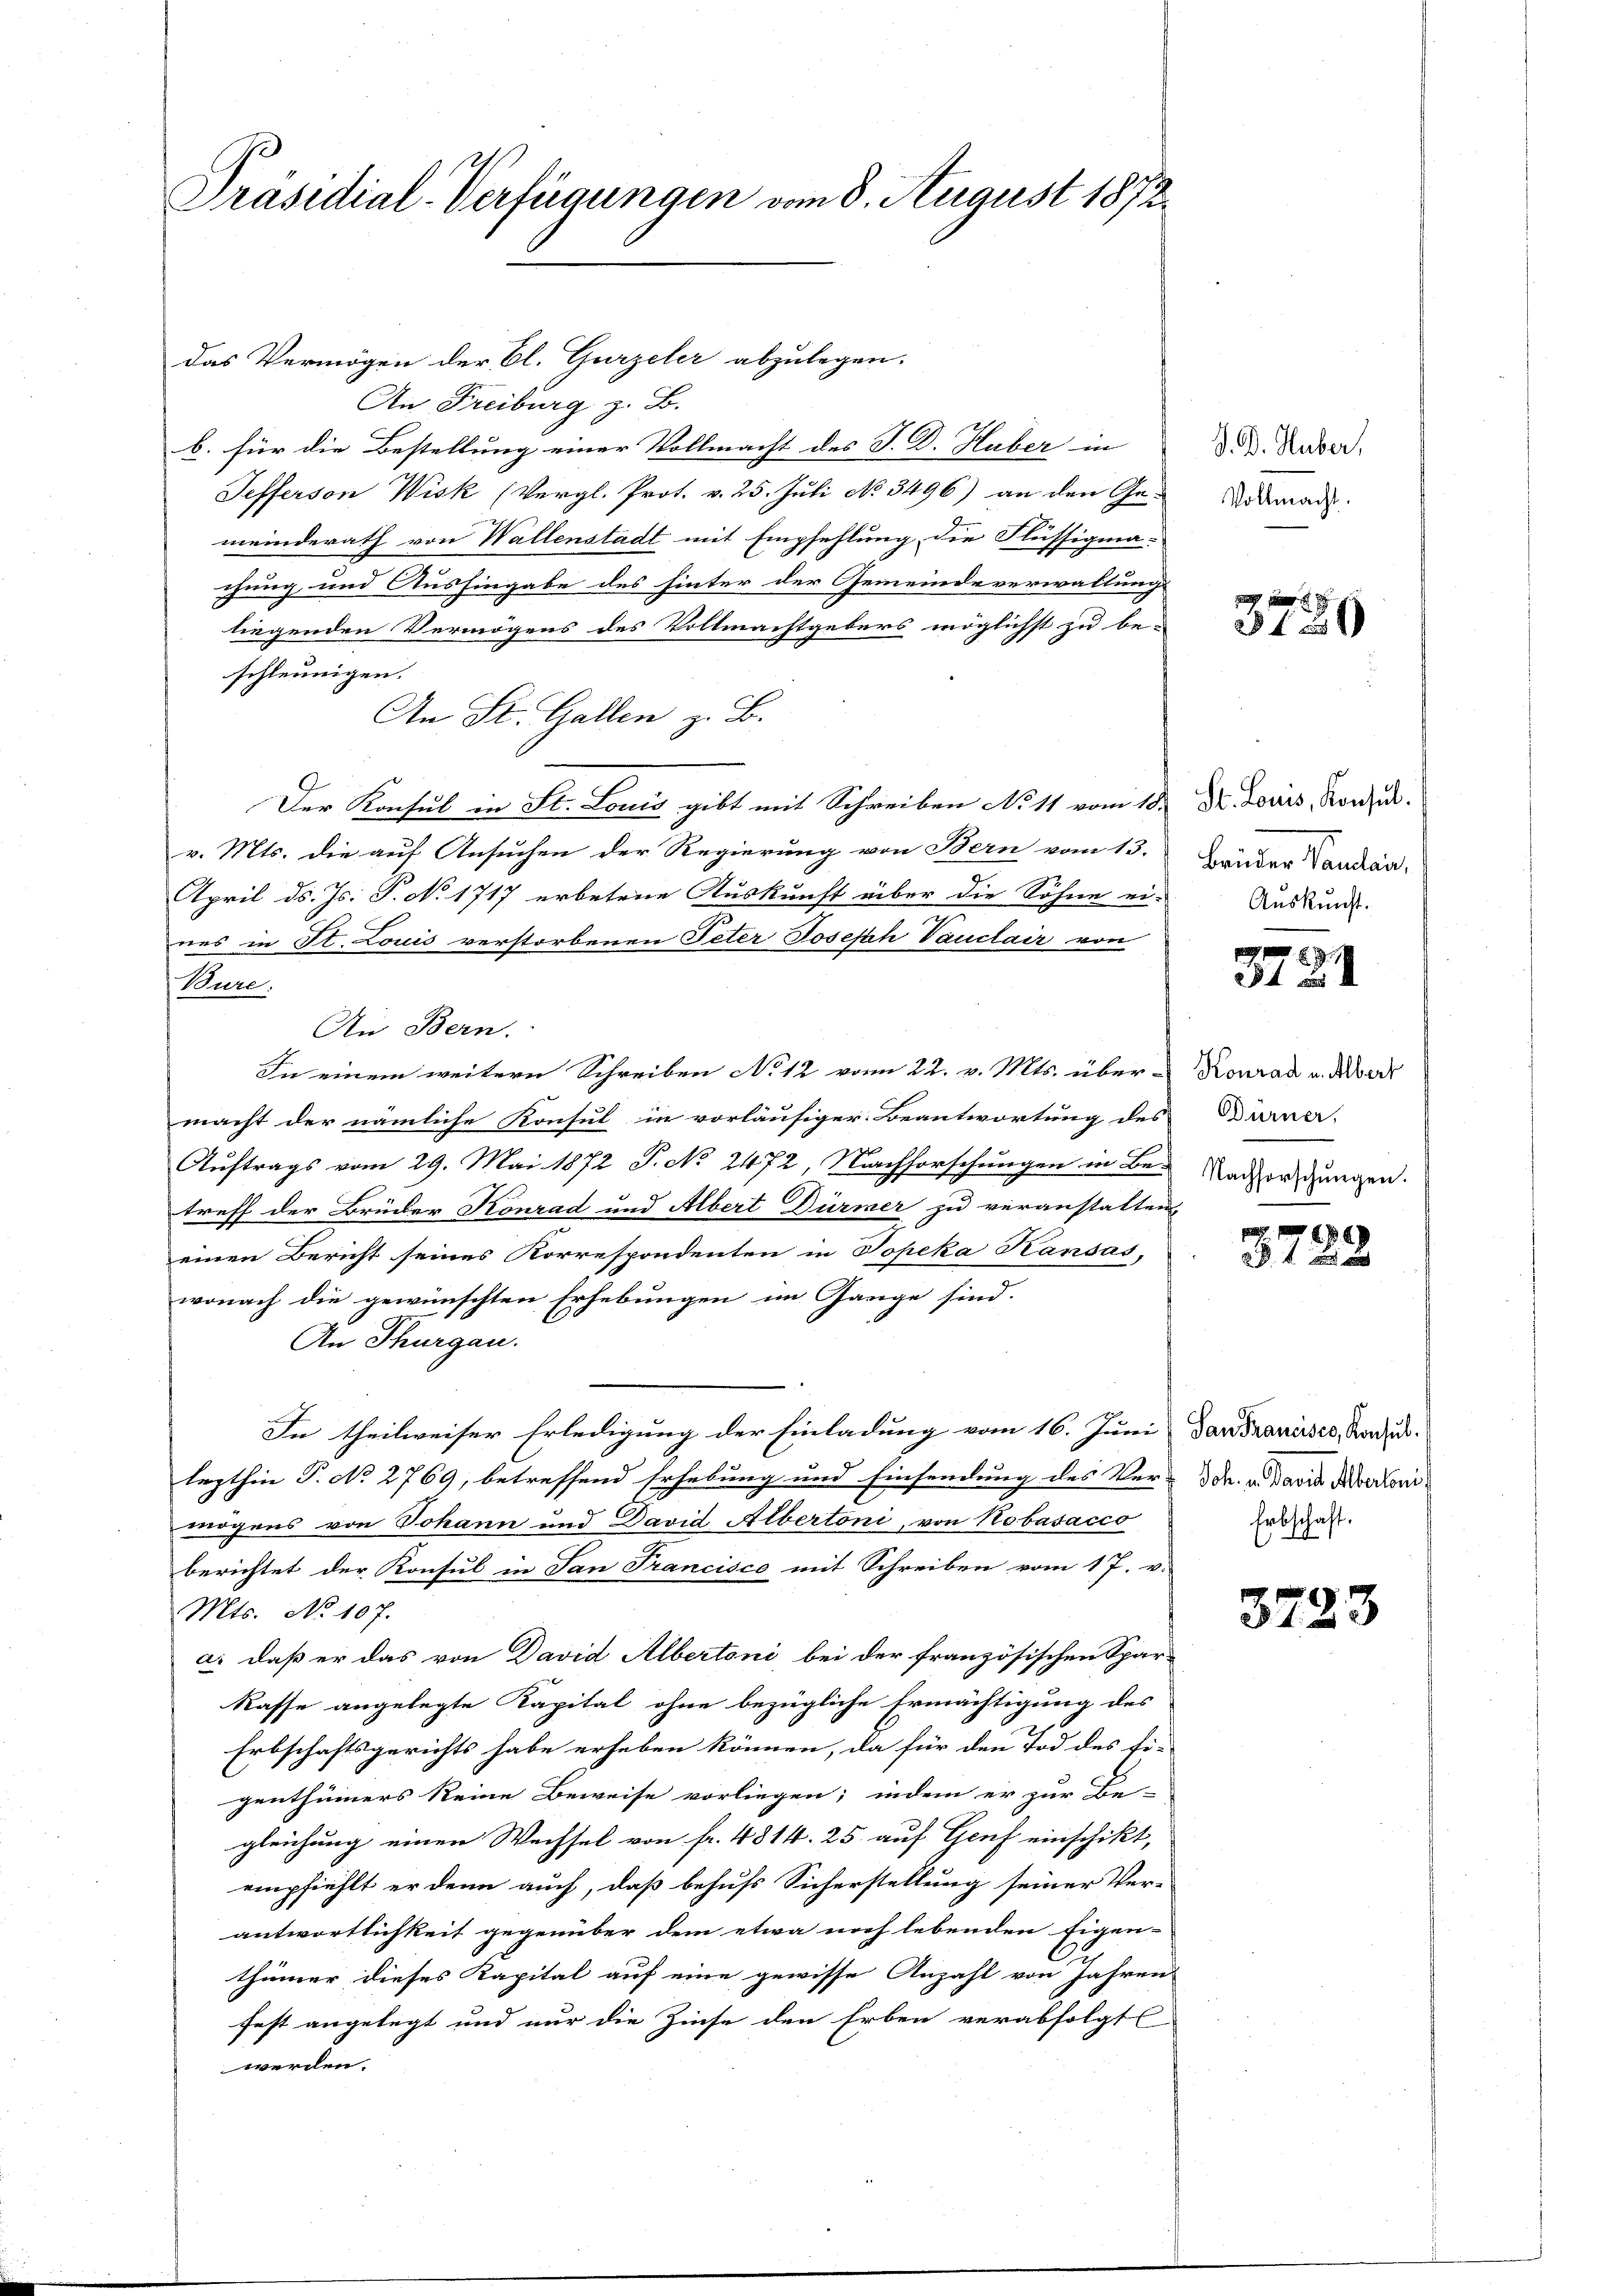
Präsidial-Verfügungen vom 8. August 1872.

das Vermögen der Cl. Gurzeler abzulegen.
An Freiburg z. B.
b. für die Bestellung einer Vollmacht des J. D. Huber in
Tefferson Wisk (Vergl. Prot. v. 25. Juli No 3496) an den Ge-
meinderath von Wallenstadt mit Empfehlung die Flüssigna-
chung und Aushingabe des hinter der Gemeindeverwaltung
liegenden Vermögens des Vollmachtgebers möglichst zu be-
schleunigen.
An St. Gallen z. B.
Der Konsul in St. Louis gibt mit Schreiben No 11 vom 18. Dr. Louis, Konze
v. Mts. die auf Ansuchen der Regierung von Bern vom 13.
April d. Js. P. No 1717 erbetene Auskunft über die Söhne ein Auskund
nes in St. Louis verstorbenen Peter Joseph Vauclair von
Bure:
An Bern.
Sie einem weitern Schreiben No 12 vom 22. v. Mts. über Konrad u. der
macht der nämliche Konsul in vorläufiger Beantwortung des Dirner-
Auftrags vom 29. Mai 1872 P. No. 2472, Nachforschungen in Be- Nachforschungen.
treff der Brücker Konrad und Albert Dürmer zu veranstatten,
einen Bericht seines Korrespondenten in Popeka Kansas,
wonach die gewünschten Erhebungen im Gange sind.
An Thurgau.
In theilweiser Erledigung der Einladung vom 16. Juni
lazthin P. No 2769, betreffend Erhebung und Einsendung des Ver-
mögens von Johann und David Albertoni, von Kobasacco
berichtet der Konsul in San Francisco mit Schreiben vom 17. v.
Mts. No 107.
a. daß er das von David Albertoni bei der französischen Spar-
Kasse angelegte Kapital ohne bezügliche Ermächtigung des
Erbschaftsgerichts habe erheben können, da für den Tod des Ei-
genthümers keine Beweise vorliegen; indem er zur Be-
gleichung einen Wechsel von fr. 4814. 25 auf Genf einschikt,
empfiehlt er denn auch, daß behufs Sicherstellung seiner Ver-
antwortlichkeit gegenüber dem etwa noch lebenden Eigen-
thümer dieses Kapital auf eine gewisse Anzahl von Jahren
fest angelegt und nur die Zinse den Erben verabfolgt
werden.

S. D. Huber,
Vollmacht.

349

Brüder Vaudlai,

29
34 aus

3722

San Francisco, Konsul¬
Joh. v. Paris Mertoni
Erbschaft.

3723